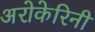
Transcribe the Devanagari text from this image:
अरोकेरिनी